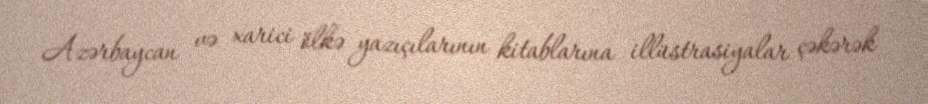
Azərbaycan və xarici ölkə yazıçılarının kitablarına illüstrasiyalar çəkərək